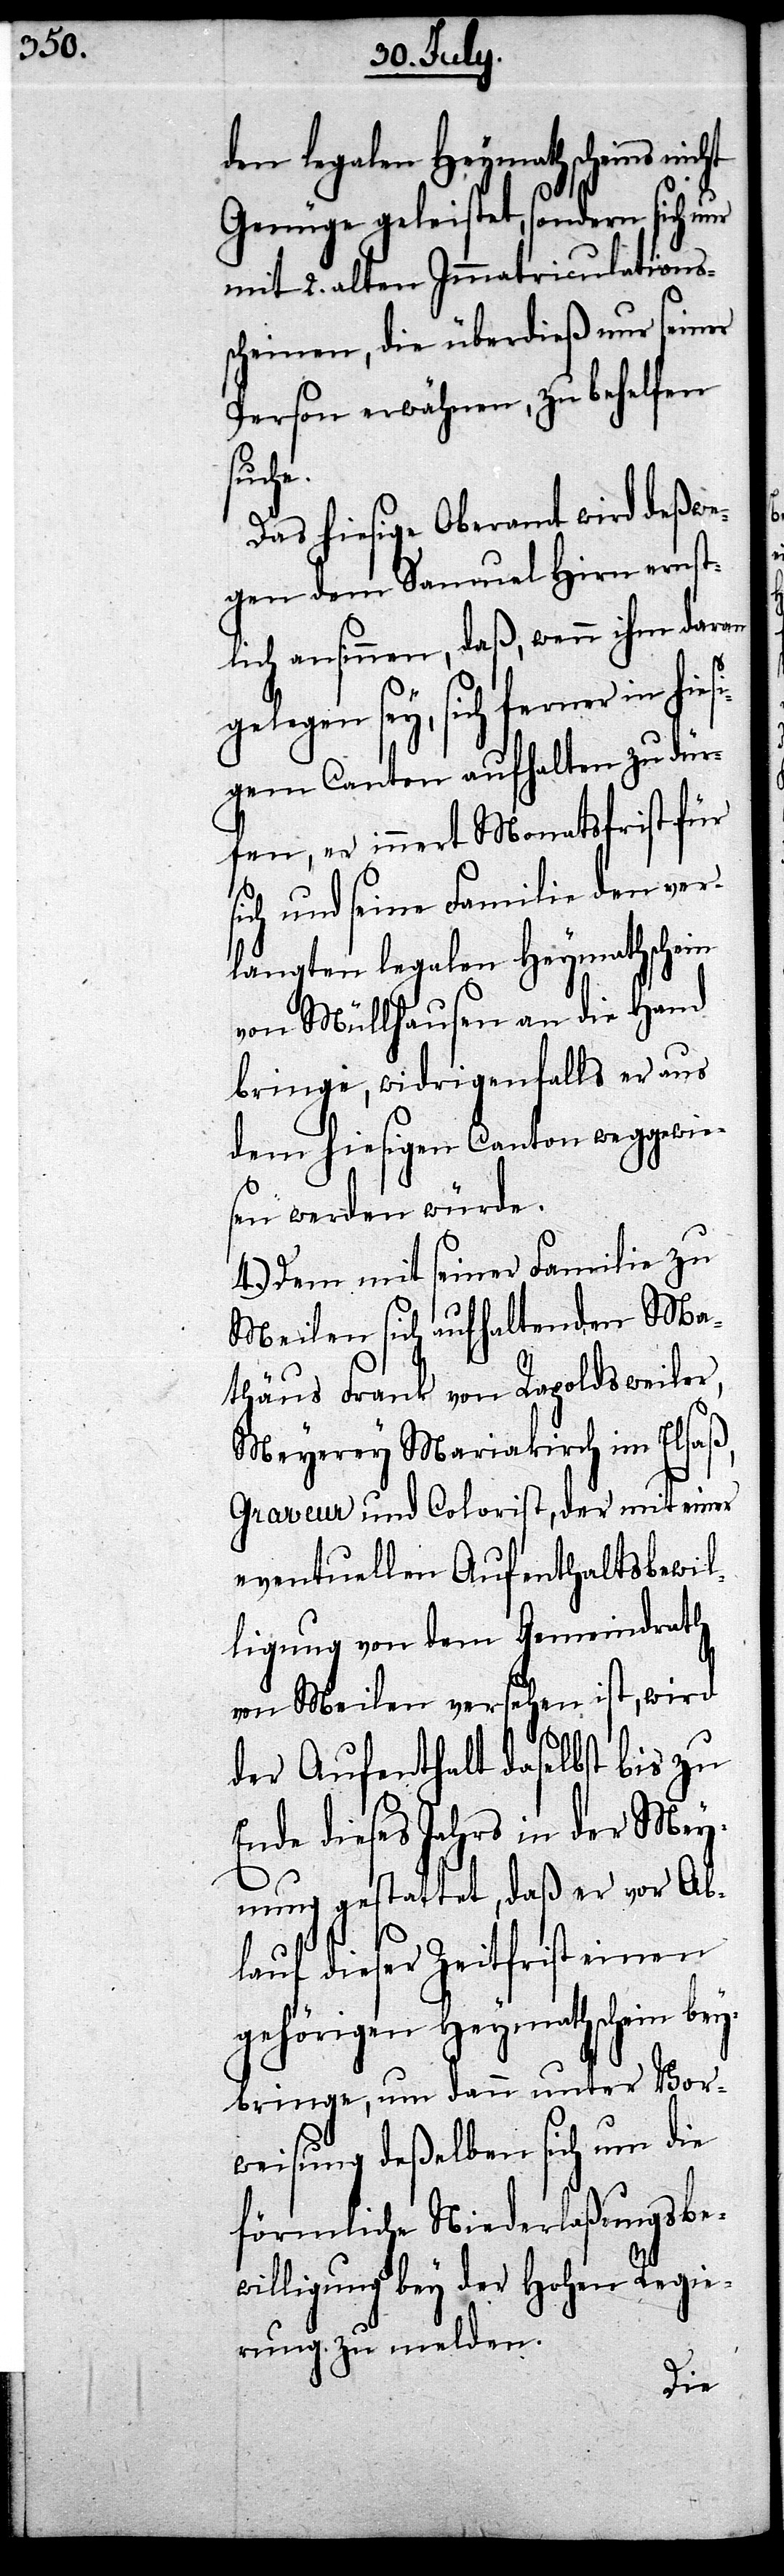
den legalen Heymathscheins
Genüge geleistet, sondern sich
mit 2. alten Immatriculations¬
scheinen, die überdieß nur seiner
Person erwähnen, zu behelfen
suche.
Das hiesige Oberamt wird deßwe¬
gen dem Samuel Hirn ernst¬
lich ansinnen, daß, wenn ihm daran
erner in hiesi¬
gem Canton aufhalten zu dür¬
fen, er innert Monatsfrist für
ch und seine Familie den ver¬
langten legalen Heymathschein
von Müllhausen an die Hand
bringe, widrigenfalls er aus
dem hiesigen Canton weggewie¬
sen werden würde.
4.) Dem mit seiner Familie zu
Meilen sich aufhaltenden Ma¬
thäus Frank von Repoldsweiler,
Meyerey Mariakirch im Elsaß,
Graveur und Colorist, der mit einer
eventuellen Aufenthaltsbewil¬
ligung von dem Gemeindrath
von Meilen versehen ist, wird
der Aufenthalt daselbst bis zu
Ende dieses Jahres in der Mey¬
nung gestattet, daß er vor Ab¬
lauf dieser Zeitfrist einen
gehörigen Heymathschein bey¬
bringe, um dann unter Vor¬
weisung deßelben sich um die
förmliche Niederlaßungsbe¬
willigung bey der Hohen Regie¬
rung zu melden
si¬